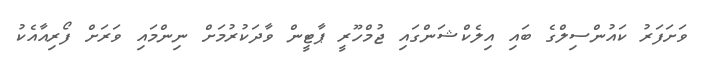
ވަށަފަރު ކައުންސިލްގެ ބައި އިލެކްޝަންގައި ޖުމްހޫރީ ޕާޓީން ވާދަކުރުމަށް ނިންމައި ވަރަށް ފޯރިއާއެކު